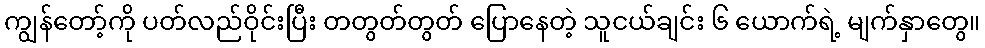
ကျွန်တော့်ကို ပတ်လည်ဝိုင်းပြီး တတွတ်တွတ် ပြောနေတဲ့ သူငယ်ချင်း ၆ ယောက်ရဲ့ မျက်နှာတွေ။